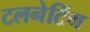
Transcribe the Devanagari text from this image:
टलनेटिंग